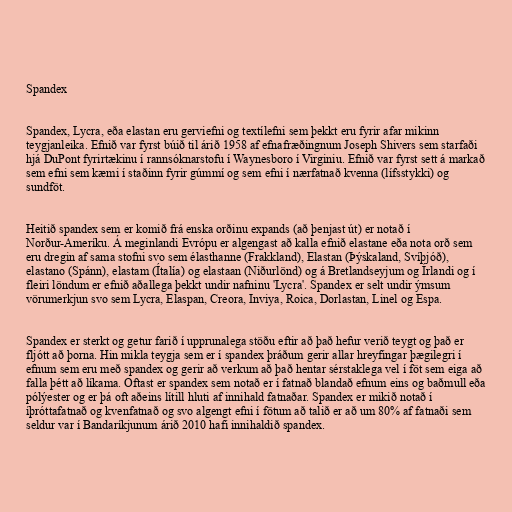
Spandex

Spandex, Lycra, eða elastan eru gerviefni og textílefni sem þekkt eru fyrir afar mikinn
teygjanleika. Efnið var fyrst búið til árið 1958 af efnafræðingnum Joseph Shivers sem starfaði
hjá DuPont fyrirtækinu í rannsóknarstofu í Waynesboro í Virginiu. Efnið var fyrst sett á markað
sem efni sem kæmi í staðinn fyrir gúmmí og sem efni í nærfatnað kvenna (lífsstykki) og
sundföt.

Heitið spandex sem er komið frá enska orðinu expands (að þenjast út) er notað í
Norður-Ameríku. Á meginlandi Evrópu er algengast að kalla efnið elastane eða nota orð sem
eru dregin af sama stofni svo sem élasthanne (Frakkland), Elastan (Þýskaland, Svíþjóð),
elastano (Spánn), elastam (Ítalía) og elastaan (Niðurlönd) og á Bretlandseyjum og Írlandi og í
fleiri löndum er efnið aðallega þekkt undir nafninu 'Lycra'. Spandex er selt undir ýmsum
vörumerkjun svo sem Lycra, Elaspan, Creora, Inviya, Roica, Dorlastan, Linel og Espa.

Spandex er sterkt og getur farið í upprunalega stöðu eftir að það hefur verið teygt og það er
fljótt að þorna. Hin mikla teygja sem er í spandex þráðum gerir allar hreyfingar þægilegri í
efnum sem eru með spandex og gerir að verkum að það hentar sérstaklega vel í föt sem eiga að
falla þétt að líkama. Oftast er spandex sem notað er í fatnað blandað efnum eins og baðmull eða
pólýester og er þá oft aðeins lítill hluti af innihald fatnaðar. Spandex er mikið notað í
íþróttafatnað og kvenfatnað og svo algengt efni í fötum að talið er að um 80% af fatnaði sem
seldur var í Bandaríkjunum árið 2010 hafi innihaldið spandex.